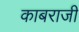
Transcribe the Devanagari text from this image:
काबराजी